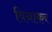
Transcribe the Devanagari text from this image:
विनाकर